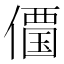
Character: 𠏹